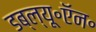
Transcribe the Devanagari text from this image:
डब्ल्यू॰ऍन॰